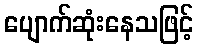
ပျောက်ဆုံးနေသဖြင့်